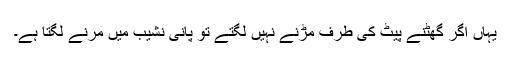
یہاں اگر گھٹنے پیٹ کی طرف مڑنے نہیں لگتے تو پانی نشیب میں مرنے لگتا ہے۔